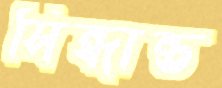
সিন্ধান্ত